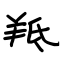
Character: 羝